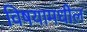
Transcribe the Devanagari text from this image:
विषयामधील